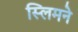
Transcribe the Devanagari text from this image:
स्लिमने